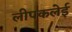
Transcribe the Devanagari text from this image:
लीपकलेई